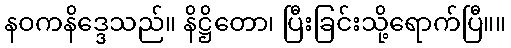
နဝကနိဒ္ဒေသည်။ နိဋ္ဌိတော၊ ပြီးခြင်းသို့ရောက်ပြီ။။